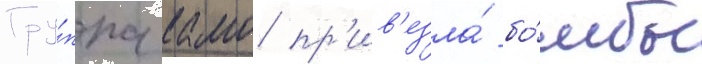
Гру́ппа камо пр'ив'езла́ бо́мбы